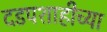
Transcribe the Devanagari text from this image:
दडपशाहीच्या